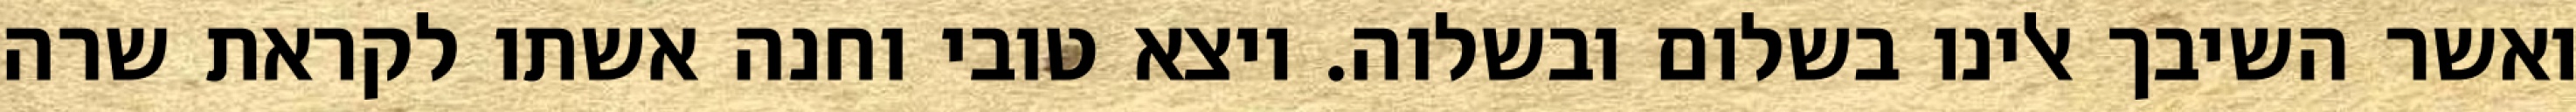
ואשר השיבך אלינו בשלום ובשלוה. ויצא טובי וחנה אשתו לקראת שרה